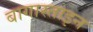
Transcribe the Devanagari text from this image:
बागास्ताइन